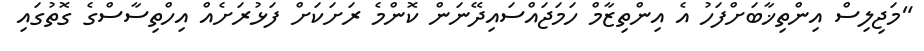
"މަޖިލިސް އިންތިޚާބަށްފަހު އެ އިންތިޒާމް ހަމަޖައްސައިދޭނަން ކޮންމެ ރަށަކަށް ފަޅުރަށެއް އިހްތިސާސްގެ ގޮތުގައި